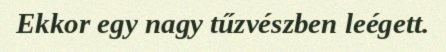
Ekkor egy nagy tűzvészben leégett.